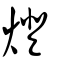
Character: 燈